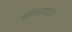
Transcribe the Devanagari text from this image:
संग्रहणाचा